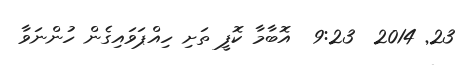
23